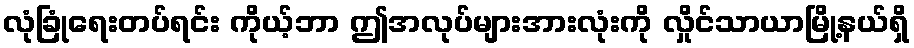
လုံခြုံရေးတပ်ရင်း ကိုယ့်ဘာ ဤအလုပ်များအားလုံးကို လှိုင်သာယာမြို့နယ်ရှိ